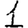
Digit: 1